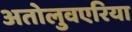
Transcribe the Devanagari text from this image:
अतोलुवएरिया